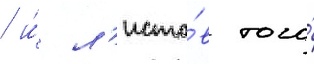
/ и́ л'исто́в того́